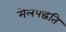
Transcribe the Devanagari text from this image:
मेलपद्धति